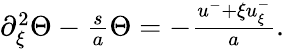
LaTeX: \begin{array}{r}{\partial_{\xi}^{2}\Theta-\frac{s}{a}\Theta=-\frac{u^{-}+\xi u_{\xi}^{-}}{a}.}\end{array}